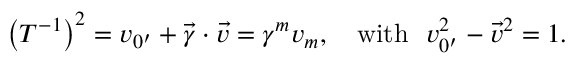
\left( T ^ { - 1 } \right) ^ { 2 } = v _ { 0 ^ { \prime } } + \vec { \gamma } \cdot \vec { v } = \gamma ^ { m } v _ { m } , \quad \mathrm { { w i t h \, \, \, \, } } v _ { 0 ^ { \prime } } ^ { 2 } - \vec { v } ^ { 2 } = 1 . \mathrm { { \, } }